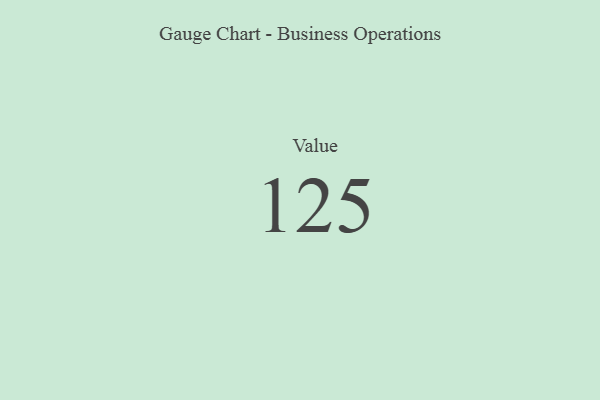
{"axis": {"x": "Metric", "y": "Value"}, "legend": [""], "data": [{"x": "Value", "y": 125, "type": ""}]}